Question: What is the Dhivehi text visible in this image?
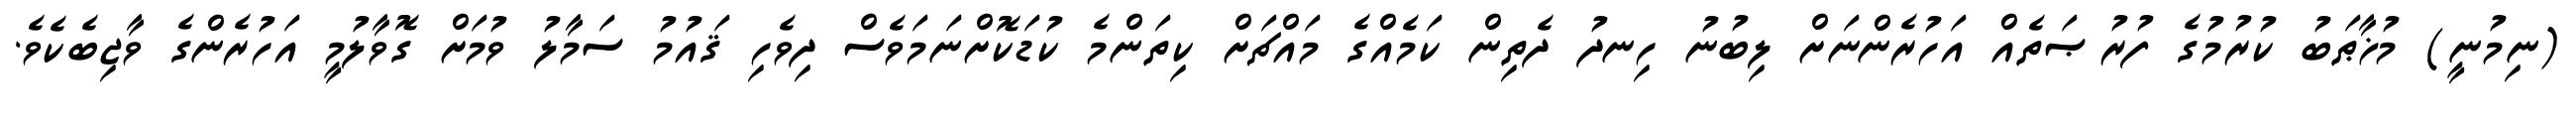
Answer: (ނިމުނީ) މުޚާޠަބު ކުރުމުގެ ފުރުޞަތެއް އަހުރެންނަށް ލިބުނު ހިނދު ދެތިން ކަމެއްގެ މައްޗަށް ކިތަންމެ ކުޑަކޮށްނަމަވެސް ދިވެހި ޤައުމު ސަމާލު ވުމަށް ގޮވާލުމީ އަހުރެންގެ ވާޖިބެކެވެ.